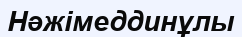
Нәжімеддинұлы